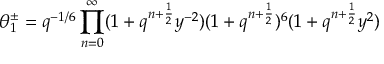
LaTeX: \theta _ { 1 } ^ { \pm } = q ^ { - 1 / 6 } \prod _ { n = 0 } ^ { \infty } ( 1 + q ^ { n + \frac { 1 } { 2 } } y ^ { - 2 } ) ( 1 + q ^ { n + \frac { 1 } { 2 } } ) ^ { 6 } ( 1 + q ^ { n + \frac { 1 } { 2 } } y ^ { 2 } )